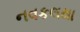
નવકલથા